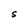
Character: S